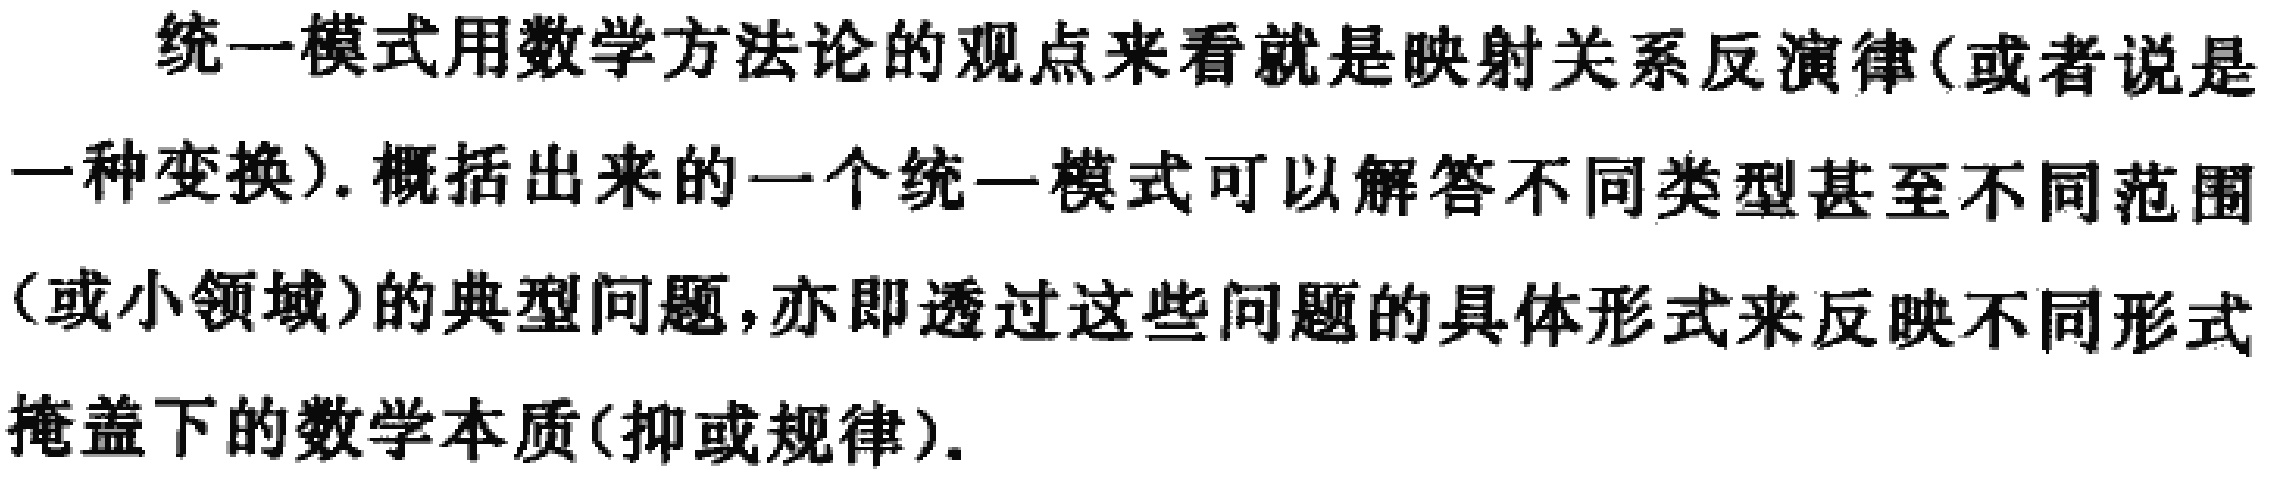
统一模式用数学方法论的观点来看就是映射关系反演律(或者说是一种变换). 概括出来的一个统一模式可以解答不同类型甚至不同范围(或小领域)的典型问题, 亦即透过这些问题的具体形式来反映不同形式掩盖下的数学本质(抑或规律).